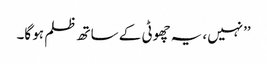
’’نہیں، یہ چھوٹی کے ساتھ ظلم ہو گا۔